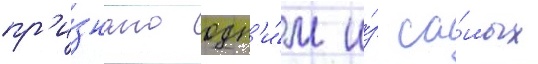
пр'и́знано одн'и́м и́з са́мых